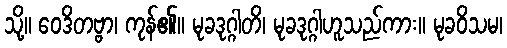
သို့။ ဝေဒိတဗ္ဗာ၊ ကုန်၏။ မုခဒုဂ္ဂါတိ၊ မုခဒုဂ္ဂါဟူသည်ကား။ မုခဝိသမ၊